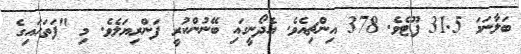
ބަލާނަމަ 31.5 ފޫޓެވެ. 378 އިންޗިއެވެ. އެދޯނީގައި ބޭނުންކުރީ ފަންރިޔަލެވެ. މި "ފަތަޙައިގެ